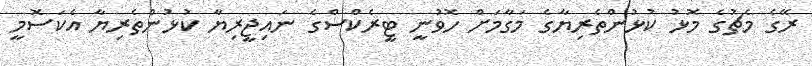
ރޭގެ މެޗުގެ މޮޅު ކުޅުންތެރިޔާގެ މަގާމަށް ހޮވުނީ ޓީރެކްސްގެ ނައިޖީރިޔާ ކުޅުންތެރިޔާ އެކަސޮމީ